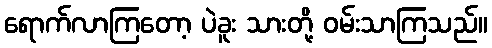
ရောက်လာကြတော့ ပဲခူး သားတို့ ဝမ်းသာကြသည်။